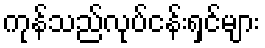
ကုန်သည်လုပ်ငန်းရှင်များ